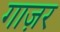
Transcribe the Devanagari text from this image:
गाज़र